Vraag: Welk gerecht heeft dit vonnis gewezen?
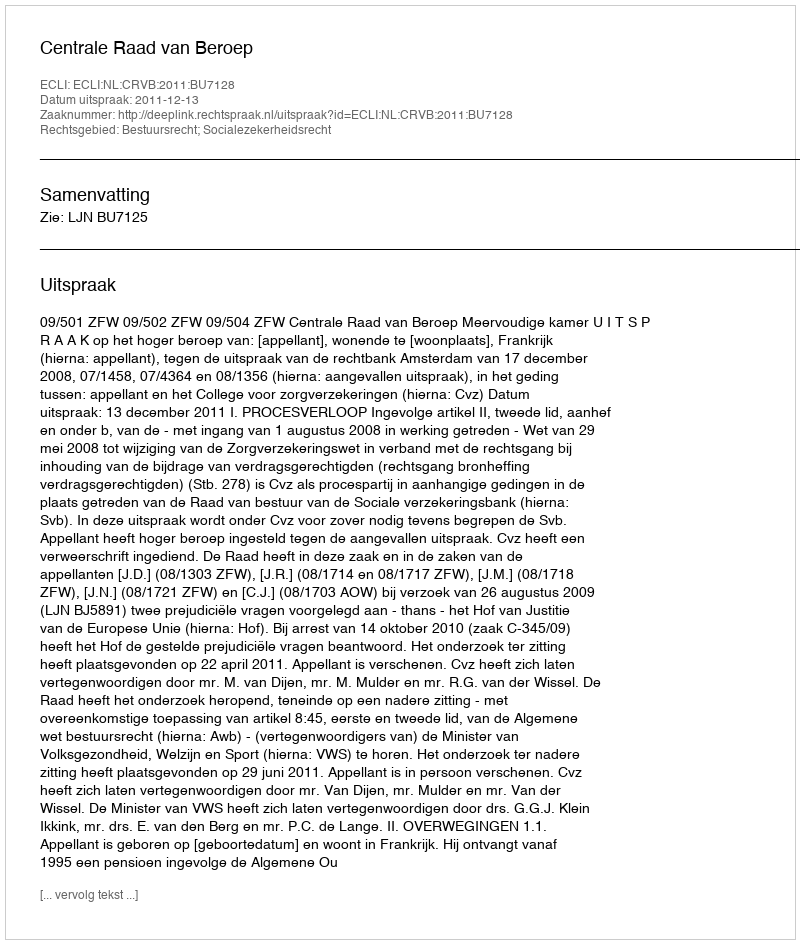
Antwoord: Centrale Raad van Beroep